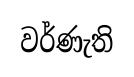
වර්ණැති